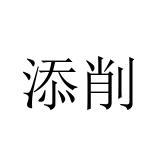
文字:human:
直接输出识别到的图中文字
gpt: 添削